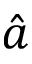
\hat { a }